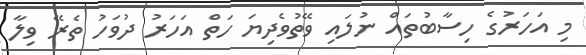
މި އަހަރުގެ ހިސާބުތައް ނުލައި ވޭތުވެދިޔަ ހަތް އަހަރު ދުވަހު ތެރޭ ވިލާ